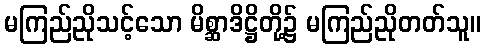
မကြည်ညိုသင့်သော မိစ္ဆာဒိဋ္ဌိတို့၌ မကြည်ညိုတတ်သူ။